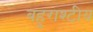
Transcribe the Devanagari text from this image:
बहुराश्टीय